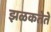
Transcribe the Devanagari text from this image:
झळकतेते